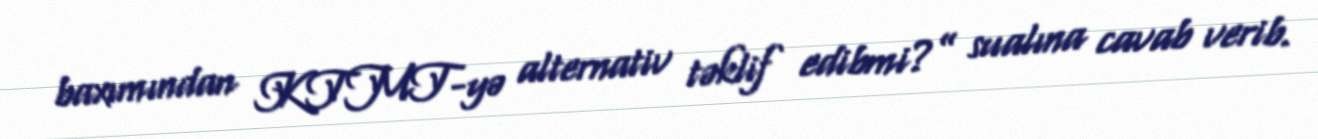
baxımından KTMT-yə alternativ təklif edibmi?” sualına cavab verib.